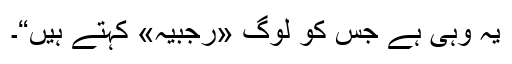
یہ وہی ہے جس کو لوگ «رجبیہ» کہتے ہیں“۔